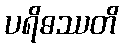
ပရိဓဿတိ